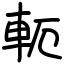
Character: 軛